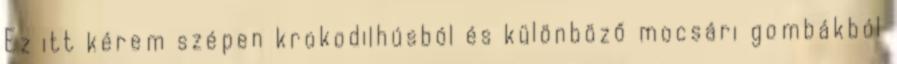
Ez itt kérem szépen krokodilhúsból és különböző mocsári gombákból